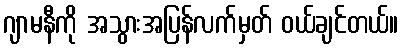
ဂျာမနီကို အသွားအပြန်လက်မှတ် ဝယ်ချင်တယ်။